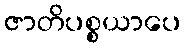
ဇာတိပစ္စယာပေ